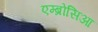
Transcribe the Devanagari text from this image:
एम्ब्रोसिआ